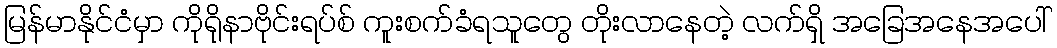
မြန်မာနိုင်ငံမှာ ကိုရိုနာဗိုင်းရပ်စ် ကူးစက်ခံရသူတွေ တိုးလာနေတဲ့ လက်ရှိ အခြေအနေအပေါ်